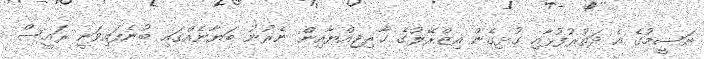
ނަސީމުގެ އެ ދަތުރުފުޅާއި ގުޅިގެން އިޒްރޭލުގެ ޚާރިޖިއްޔާއިން ނެރުނު ބަޔާނެއްގައި ބުނެފައިވަނީ ރައީސް